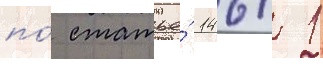
по́ статье́ 146/ 1